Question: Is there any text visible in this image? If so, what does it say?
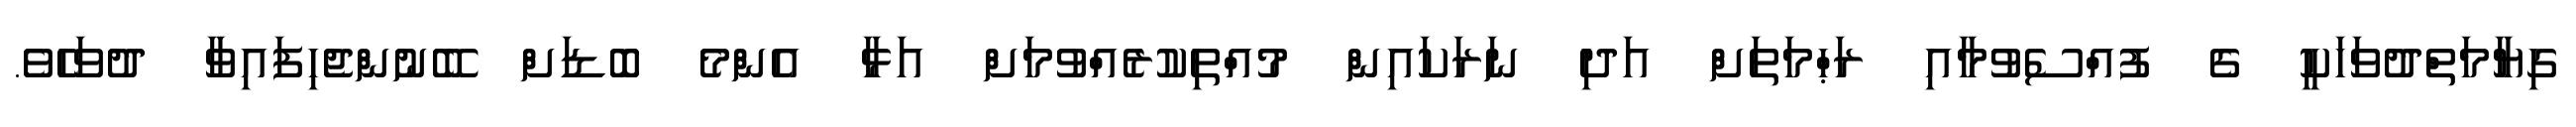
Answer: ގިޔާމަތްދުވަހަކީ ގެ ފުއްސެވުމާއި ރަޙްމަތަށް އަދި ނަރަކައިން މުއްތިކުރެއްވުމަށް އަޅާ އެންމެ ބޮޑަށް ބޭނުންޖެހިފައިވާ ދުވަހެވެ.